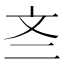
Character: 𫿭